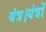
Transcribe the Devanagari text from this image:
यंत्र।यंत्रों